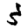
Digit: 3